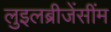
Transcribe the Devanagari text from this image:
लुइलब्रीजेंसींम